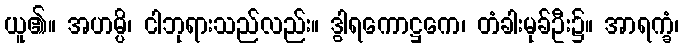
ယူ၏။ အဟမ္ပိ၊ ငါဘုရားသည်လည်း။ ဒွါရကောဋ္ဌကေ၊ တံခါးမုခ်ဦး၌။ အာရက္ခံ၊